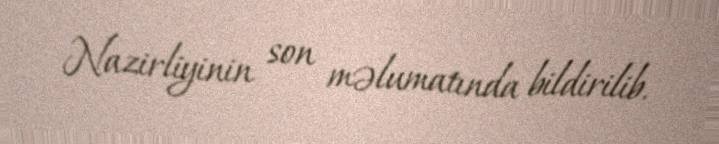
Nazirliyinin son məlumatında bildirilib.